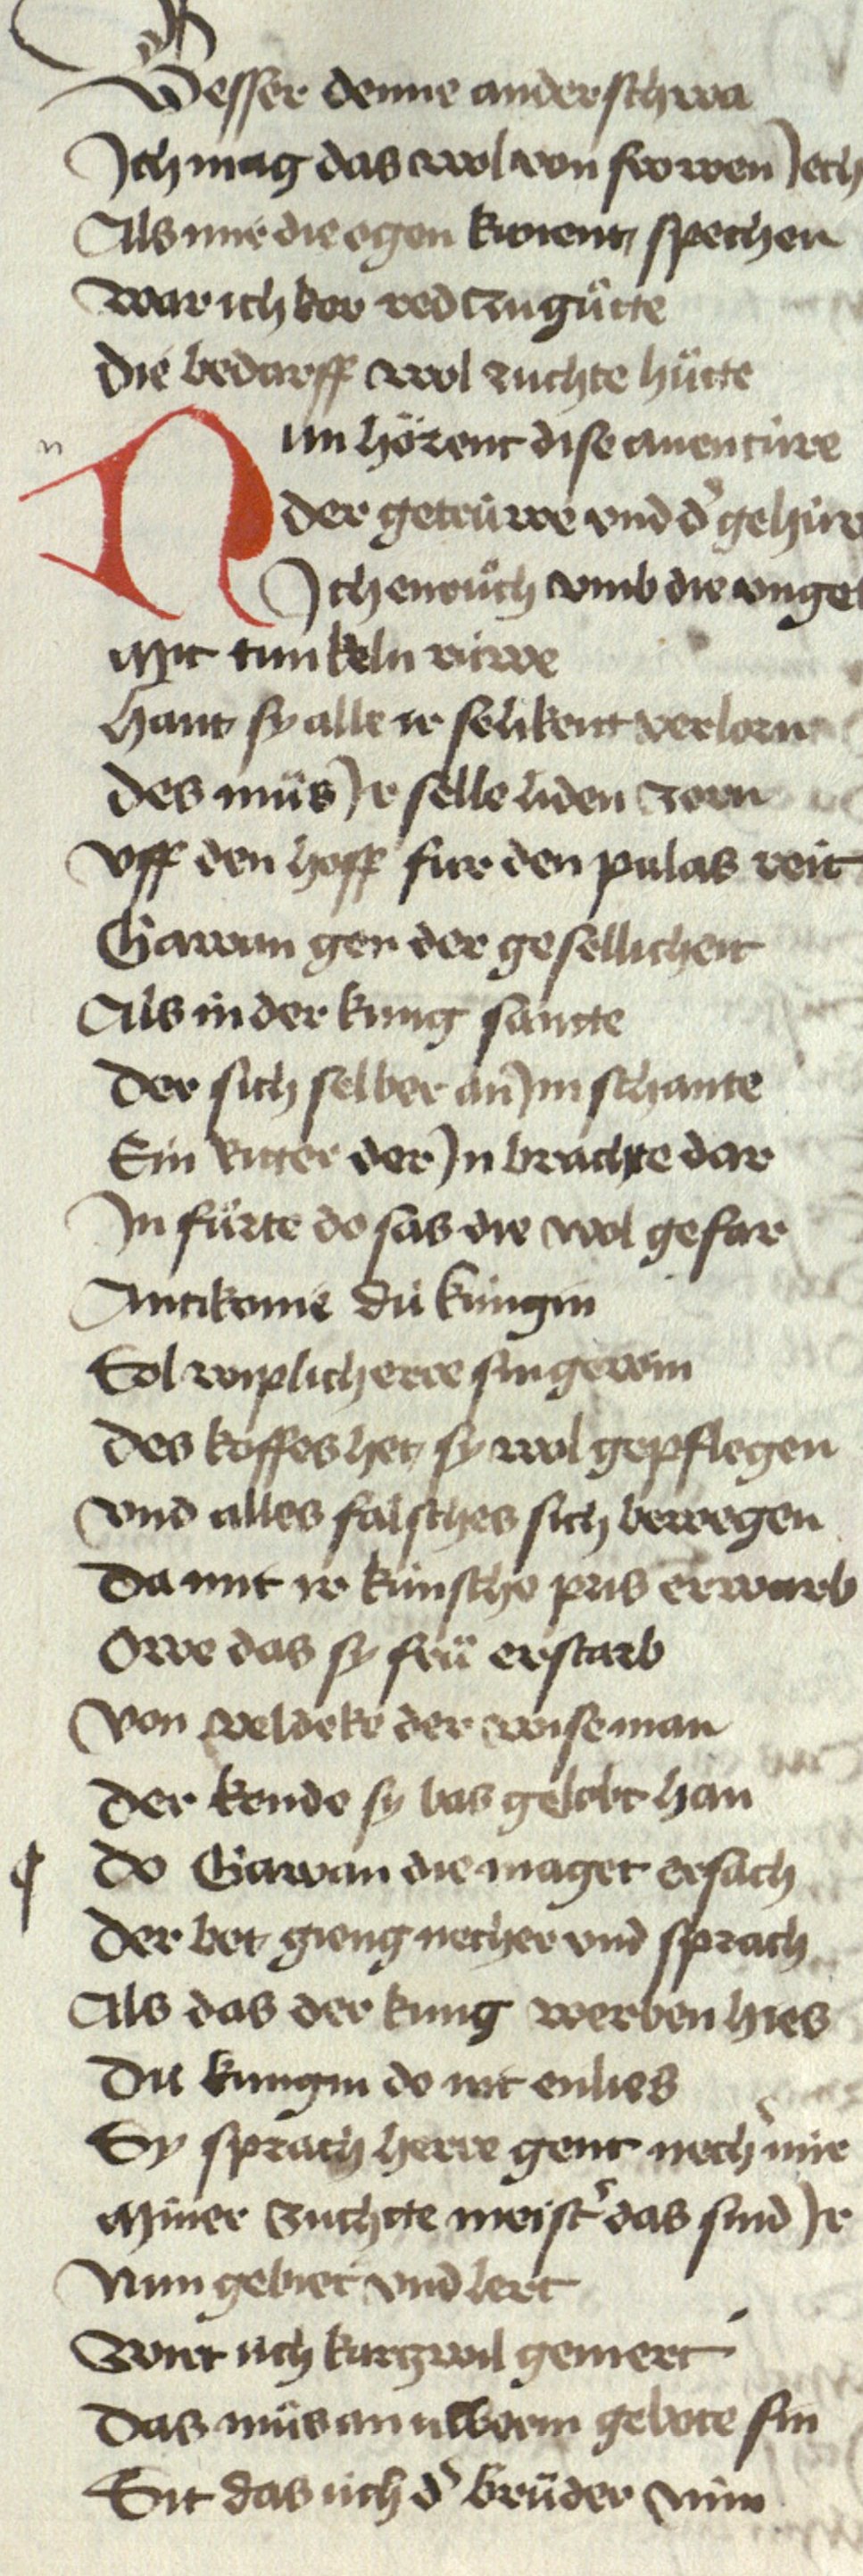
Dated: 1467–1467